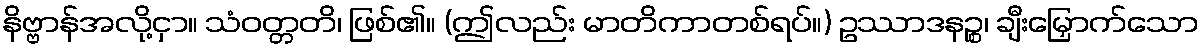
နိဗ္ဗာန်အလို့ငှာ။ သံဝတ္တတိ၊ ဖြစ်၏။ (ဤလည်း မာတိကာတစ်ရပ်။) ဥဿာဒနဉ္စ၊ ချီးမြှောက်သော